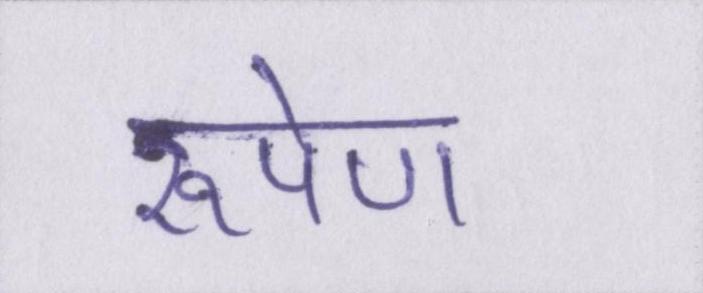
रूपेण